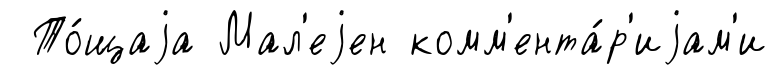
То́щаjа Мал'еjен комм'ента́р'иjам'и